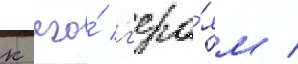
к его́ г'еро́ям /